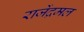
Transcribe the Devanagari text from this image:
राजेंद्रमल